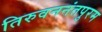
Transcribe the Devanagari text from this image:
तिरुवननंतपुरम